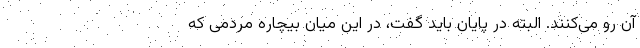
آن رو می‌کنند. البته در پایان باید گفت، در این میان بیچاره مردمی که